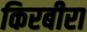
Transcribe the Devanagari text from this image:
किरबीरा